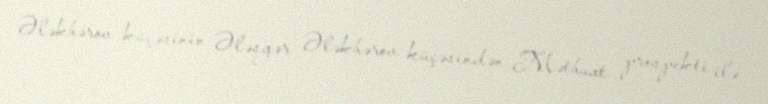
Ələkbərov küçəsinin Ələsgər Ələkbərov küçəsindən Mətbuat prospekti ilə